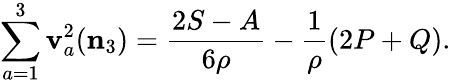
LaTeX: \sum_{a=1}^{3}\mathbf{v}_{a}^{2}({\mathbf{{n}}_{3}})=\frac{{2S-A}}{{6\rho}}-\frac{1}{{\rho}}(2P+Q).